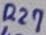
Text: D27